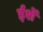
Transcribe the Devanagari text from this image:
ईशें